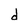
Character: d